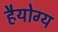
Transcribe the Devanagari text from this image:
हैयोग्य